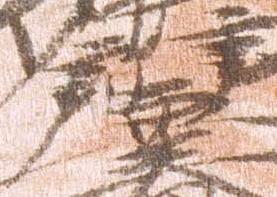
弁